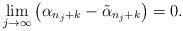
LaTeX: \begin{align*} \lim_{j\to \infty} \left( \alpha_{n_j+k} - \tilde \alpha_{n_j+k} \right)= 0.\end{align*}